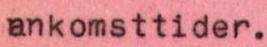
ankomsttider.